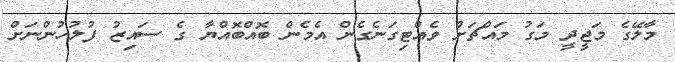
މާލޭގެ މަޖީދީ މަގު މައްޗަށް ވެއްޓިގަނެގެން އެމެން ބޮއްބޮއްޔާ ގެ ސައިޒު ފުލުހުންނަށް